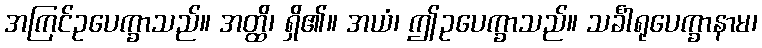
အကြင်ဥပေက္ခာသည်။ အတ္ထိ၊ ရှိ၏။ အယံ၊ ဤဥပေက္ခာသည်။ သင်္ခါရုပေက္ခာနာမ၊